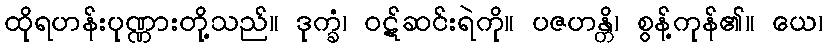
ထိုရဟန်းပုဏ္ဏားတို့သည်။ ဒုက္ခံ၊ ဝဋ်ဆင်းရဲကို။ ပဇဟန္တိ၊ စွန့်ကုန်၏။ ယေ၊